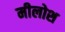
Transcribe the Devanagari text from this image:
मीलोश